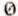
0